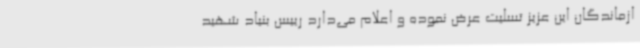
ازماندگان این عزیز تسلیت عرض نموده و اعلام می‌دارد رییس بنیاد شهید